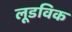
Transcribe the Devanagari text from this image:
लूडविक